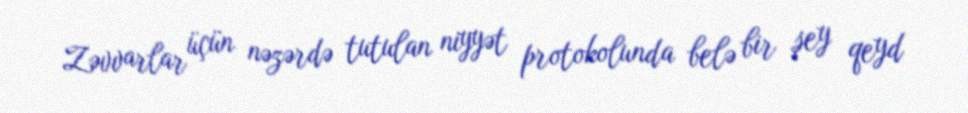
Zəvvarlar üçün nəzərdə tutulan niyyət protokolunda belə bir şey qeyd